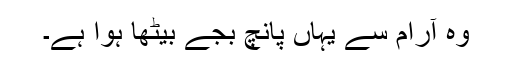
وہ آرام سے یہاں پانچ بجے بیٹھا ہوا ہے۔